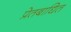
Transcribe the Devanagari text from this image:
प्रेतबाधित